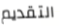
التقديم